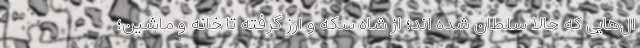
ال‌هایی که حالا سلطان شده اند؛ از شاه سکه و ارز گرفته تا خانه و ماشین؛